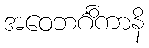
အဝေဘင်္ဂိကာနိ